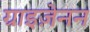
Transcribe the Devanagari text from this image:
ग्राइज़ेनन